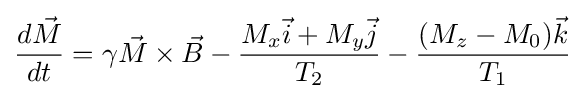
{\frac {d{\vec {M}}}{dt}}=\gamma {\vec {M}}\times {\vec {B}}-{\frac {M_{x}{\vec {i}}+M_{y}{\vec {j}}}{T_{2}}}-{\frac {(M_{z}-M_{0}){\vec {k}}}{T_{1}}}